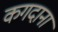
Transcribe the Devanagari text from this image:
कगदाना